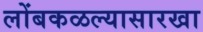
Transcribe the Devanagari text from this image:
लोंबकळल्यासारखा